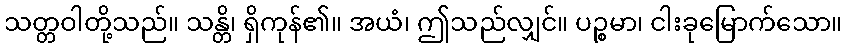
သတ္တဝါတို့သည်။ သန္တိ၊ ရှိကုန်၏။ အယံ၊ ဤသည်လျှင်။ ပဉ္စမာ၊ ငါးခုမြောက်သော။